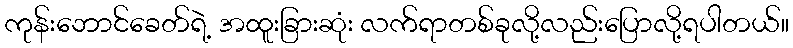
ကုန်းဘောင်ခေတ်ရဲ့ အထူးခြားဆုံး လက်ရာတစ်ခုလို့လည်းပြောလို့ရပါတယ်။